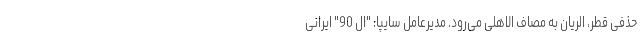
حذفی قطر، الریان به مصاف الاهلی می‌رود. مدیرعامل سایپا: "ال 90" ایرانی